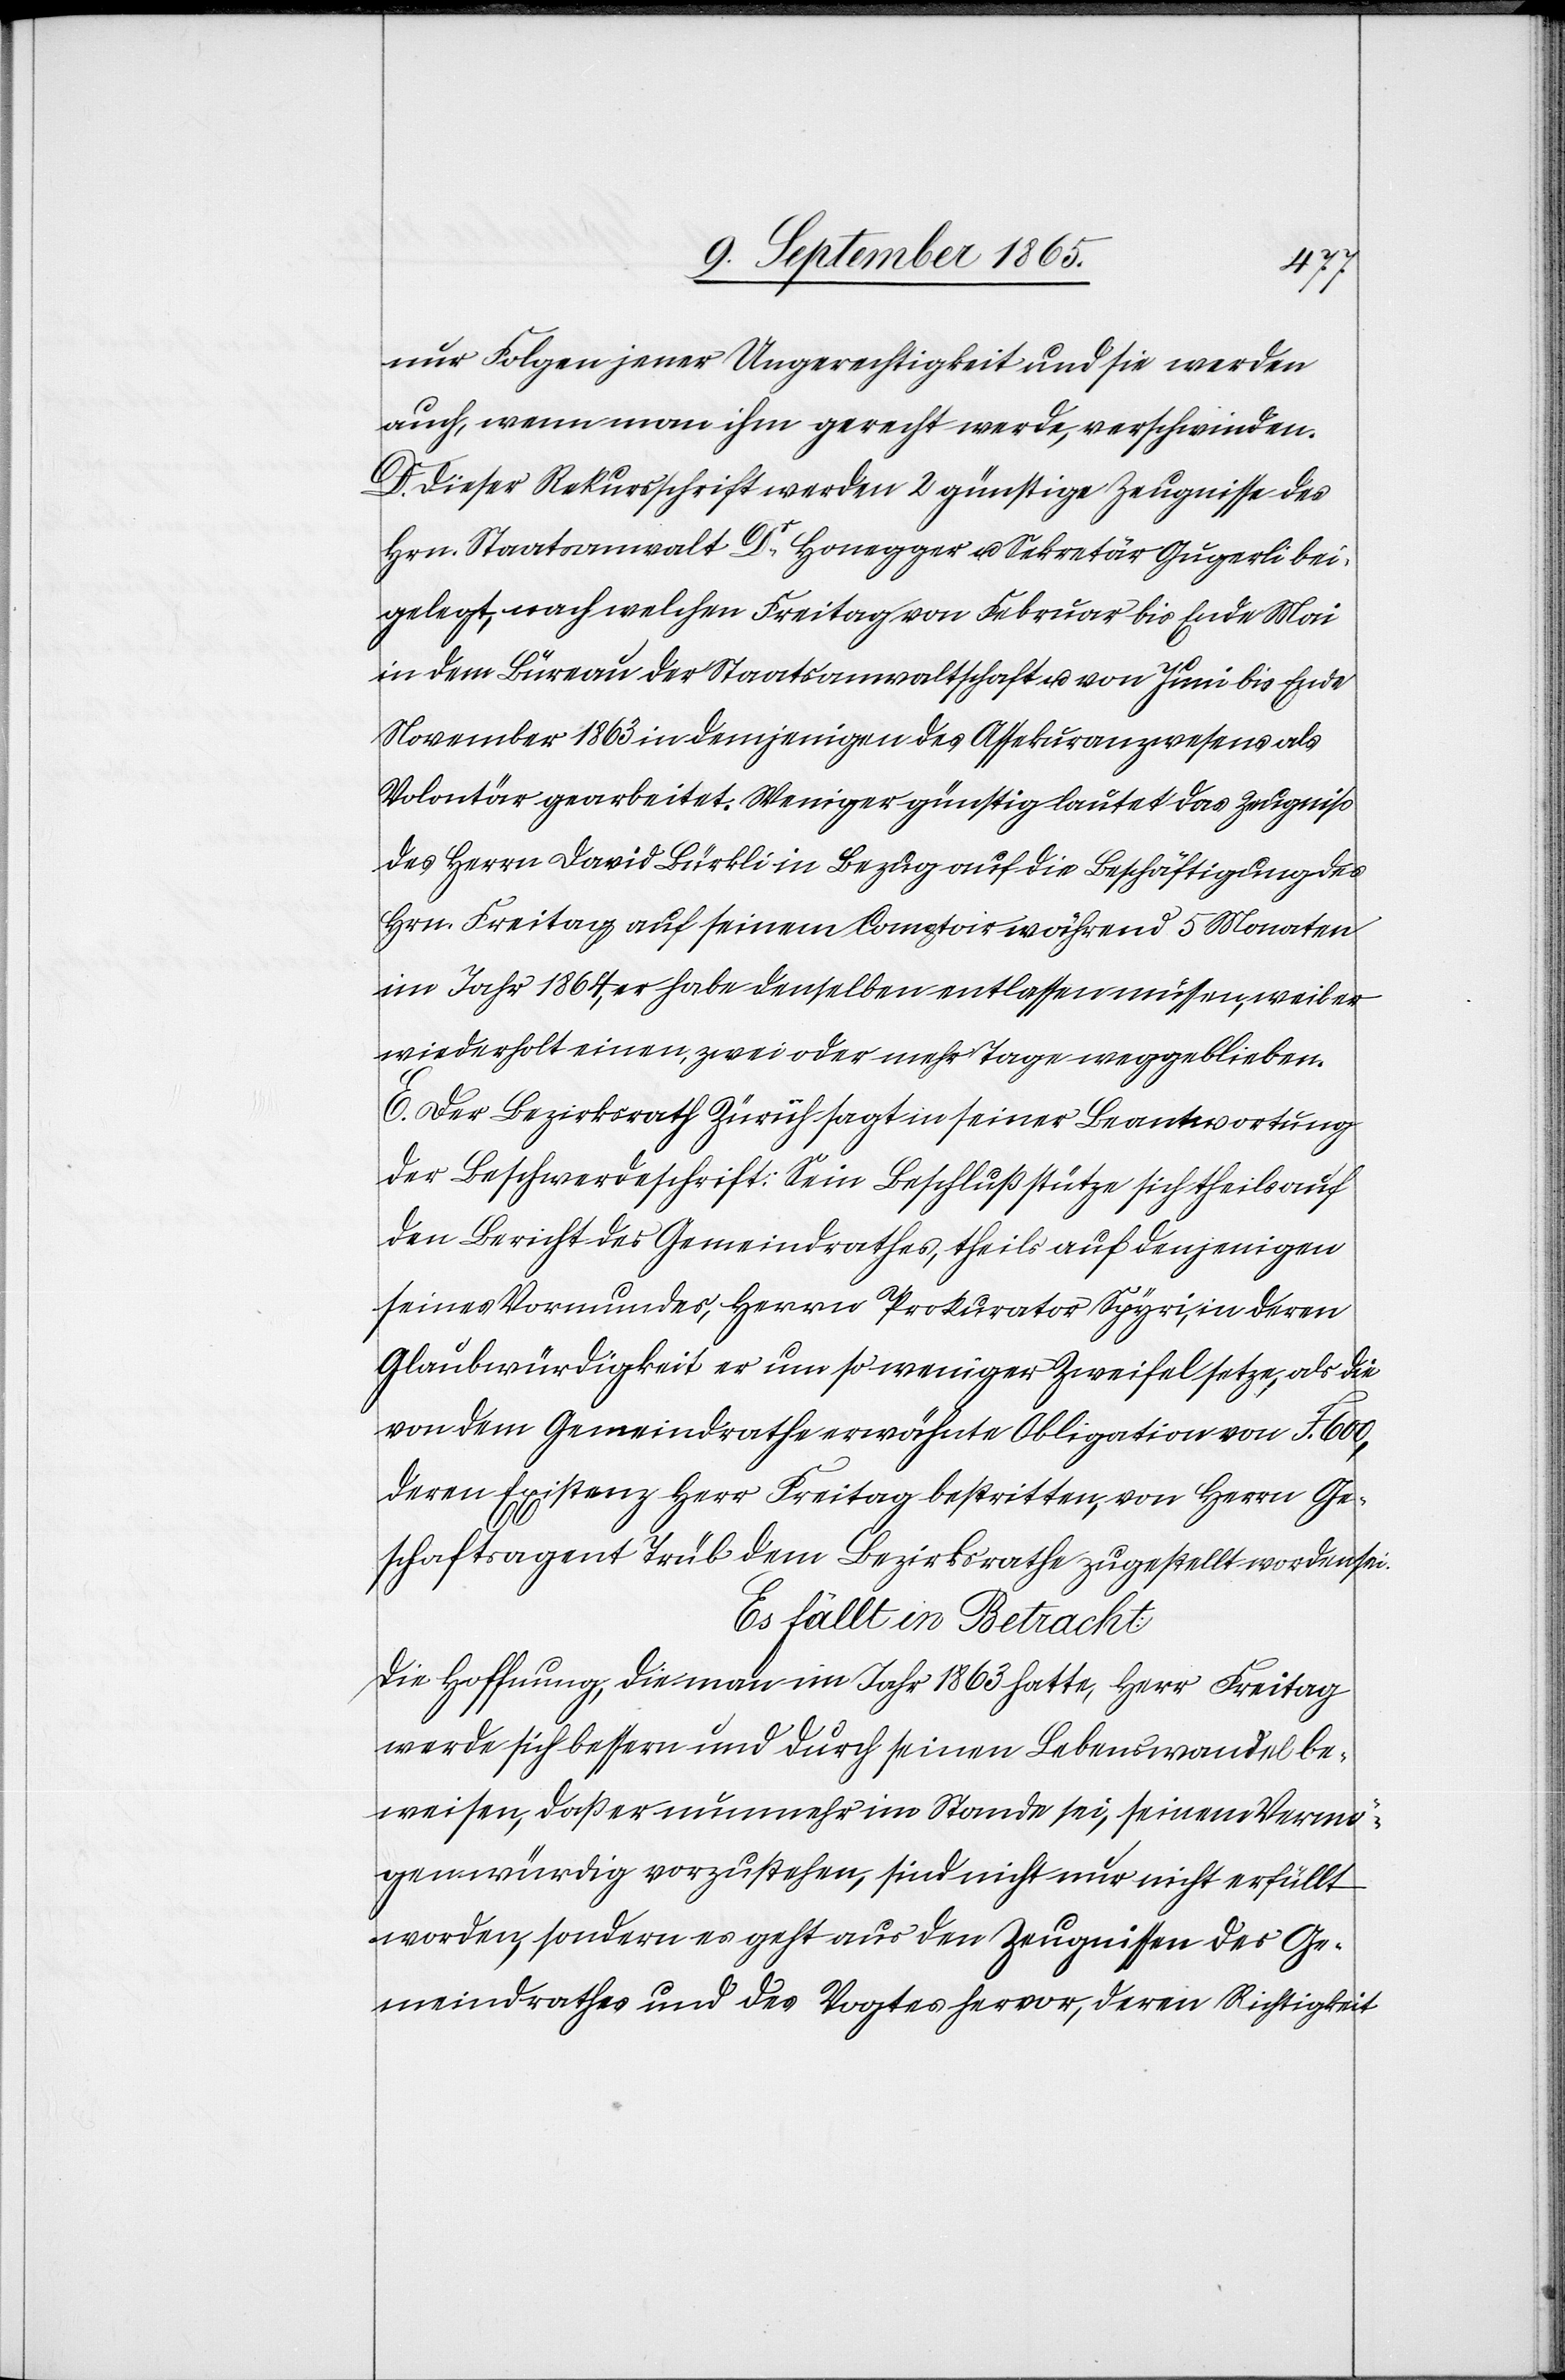
nur Folgen jener Ungerechtigkeit und sie werden
auch, wenn man ihm gerecht werde, verschwinden.
D. Dieser Rekursschrift werden 2 günstige Zeugnisse des
Hrn. Staatsanwalt Dr Honegger u. Sekretär Gugerli bei¬
gelegt, nach welchen Freitag von Februar bis Ende Mai
in dem Büreau der Staatsanwaltschaft u. von Juni bis Ende
November 1863 in demjenigen des Assekuranzwesens als
Volontär gearbeitet. Weniger günstig lautet das Zeugniß
des Herrn David Bürkli in Bezug auf die Beschäftigung des
Hrn. Freitag auf seinem Comptoir während 5 Monaten
im Jahr 1864, er habe denselben entlassen müssen, weil er
wiederholt einen, zwei oder mehr Tage weggeblieben.
E. Der Bezirksrath Zürich sagt in seiner Beantwortung
der Beschwerdeschrift: Sein Beschluß stütze sich theils auf
den Bericht des Gemeindrathes, theils auf denjenigen
seines Vormundes, Herrn Prokurator Spyri, in deren
Glaubwürdigkeit er um so weniger Zweifel setze, als die
von dem Gemeindrathe erwähnte Obligation von F. 600,
deren Existenz Herr Freitag bestritten, von Herrn Ge¬
schaftsagent Trüb dem Bezirksrathe zugestellt worden sei.
Es fällt in Betracht:
Die Hoffnung, die man im Jahr 1863 hatte, Herr Freitag
werde sich bessern und durch seinen Lebenswandel be¬
weisen, daß er nunmehr im Stande sei, seinem Vermö¬
gen würdig vorzustehen, sind [recte: ist] nicht nur nicht erfüllt
worden, sondern es geht aus den Zeugnissen des Ge¬
meindrathes und des Vogtes hervor, deren Richtigkeit